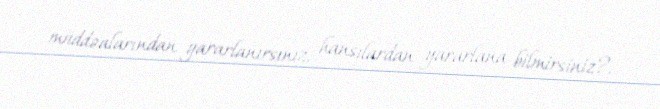
müddəalarından yararlanırsınız, hansılardan yararlana bilmirsiniz?.